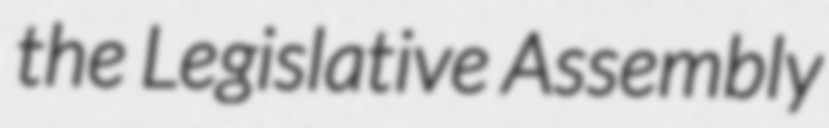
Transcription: the Legislative Assembly